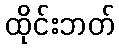
ထိုင်းဘတ်